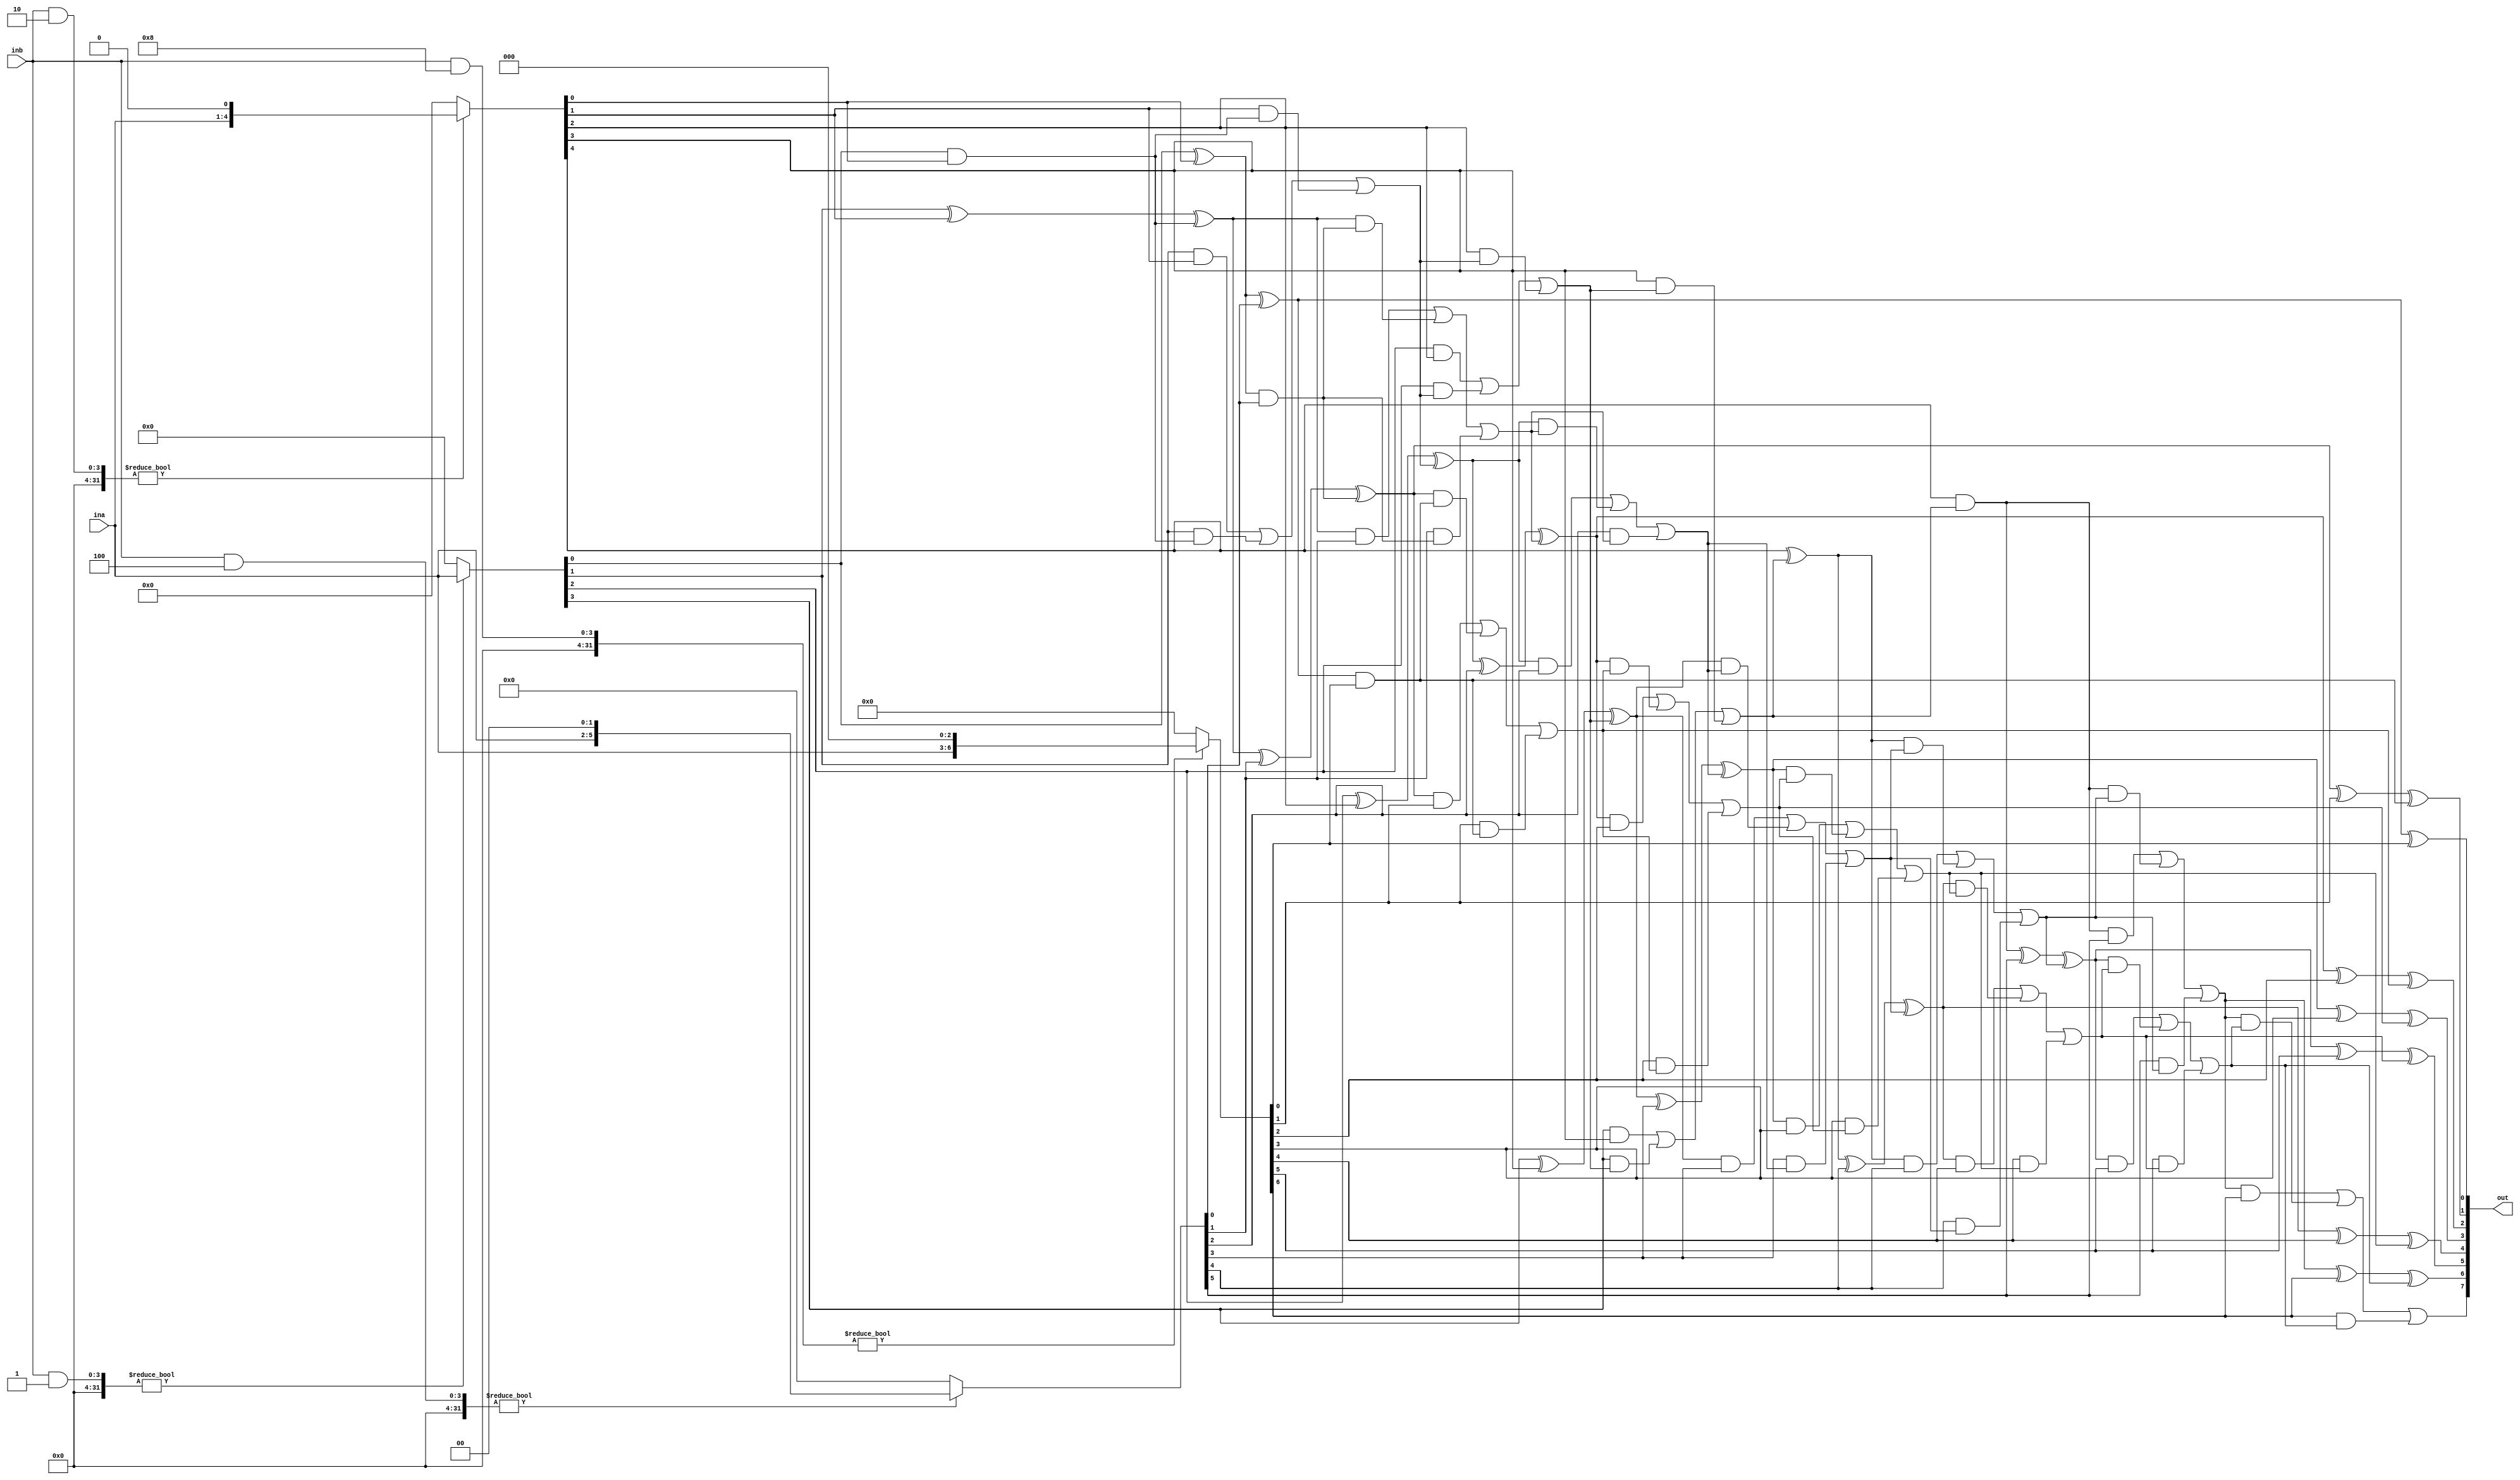
module mul(ina,inb,out);
output[7:0] out;
input[3:0] ina,inb;
reg[7:0] out,temp,ci;
integer i,j;
always @(ina,inb)
    begin
    out=8'h00;
    for(i=0;i<4;i=i+1)
    begin            
        if(inb&(1<<i))
        begin
temp=ina<<i;
end
else 
begin
temp=8'h00;
end
begin
for(j=0;j<8;j=j+1)
begin
if(j==0)
begin
ci[j]=out[j]&temp[j];
out[j]=out[j]^temp[j];
end
                else
                begin
                    ci[j]=(out[j]&temp[j])|(out[j]&ci[j-1])|(temp[j]&ci[j-1]);
                    out[j]=out[j]^temp[j]^ci[j-1];
                end
            end
        end
    end
end
endmodule